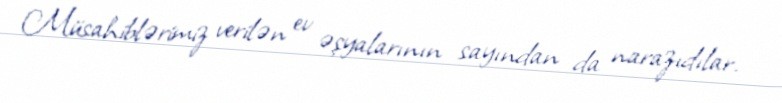
Müsahiblərimiz verilən ev əşyalarının sayından da narazıdılar.